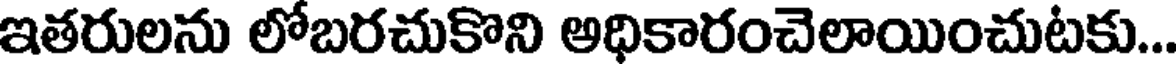
ఇతరులను లోబరచుకొని అధికారంచెలాయించుటకు...